Problem: 14 - 4 = ?
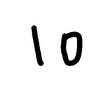
Handwritten answer: 10